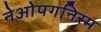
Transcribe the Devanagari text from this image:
नेओपगनिस्म